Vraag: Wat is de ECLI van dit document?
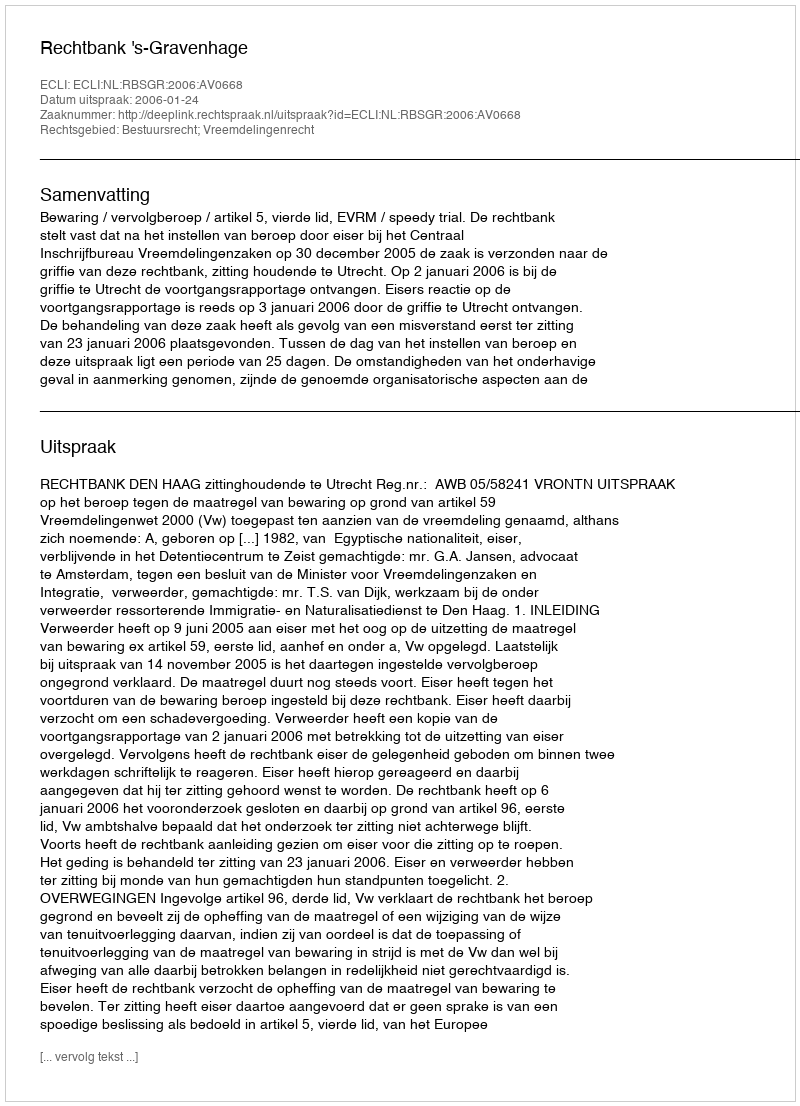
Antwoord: ECLI:NL:RBSGR:2006:AV0668